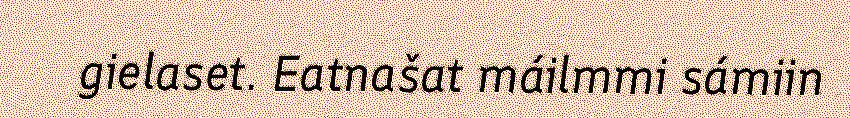
gielaset. Eatnašat máilmmi sámiin